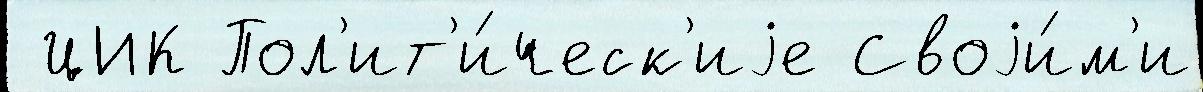
 ЦИК Пол'ит'и́ческ'иjе Своjи́м'и